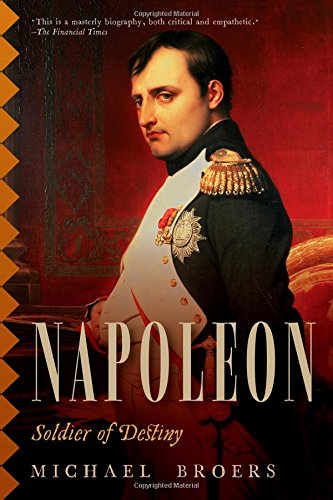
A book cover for Napoleon: Soldier of Destiny; Michael Broers; Biographies & Memoirs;